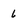
Character: 6